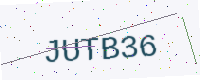
Text: JUTB36